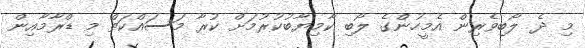
މި ދެ ލޯބިވެރިން އެމީހުންގެ ލޯބި ކާމިޔާބުކުރުމަށް ކުރާ މަސައްކަތް މި ޑްރާމާއިން